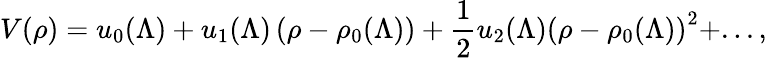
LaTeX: V(\rho)=u_{0}(\Lambda)+u_{1}(\Lambda)\left(\rho-\rho_{0}(\Lambda)\right)+\frac{1}{2}u_{2}(\Lambda)\left(\rho-\rho_{0}(\Lambda)\right)^{2}+...,